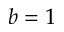
b = 1